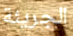
الجريئة